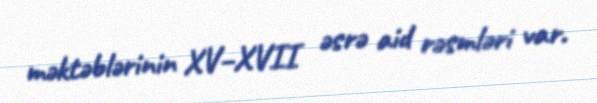
məktəblərinin XV–XVII əsrə aid rəsmləri var.